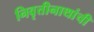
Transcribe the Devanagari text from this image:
निवृत्तीनाथांची